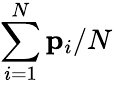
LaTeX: \sum_{i=1}^{N}{\mathbf p}_{i}/N